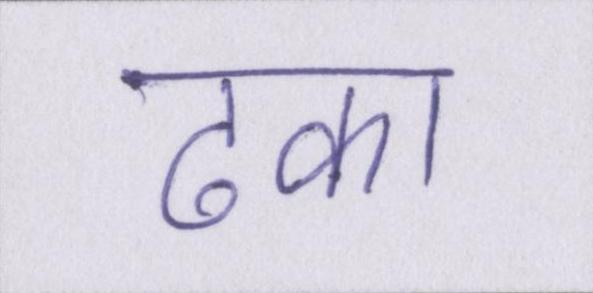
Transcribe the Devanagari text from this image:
ढका